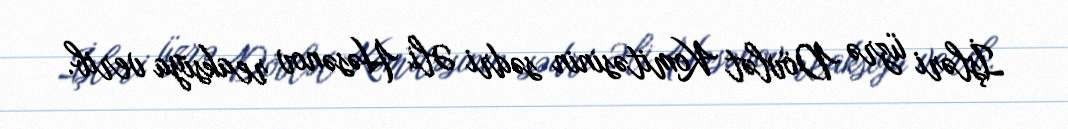
İşləri üzrə Dövlət Komitəsinin sədri Əli Həsənov reaksiya verib.